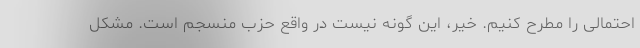
احتمالی را مطرح کنیم. خیر، این گونه نیست در واقع حزب منسجم است. مشکل